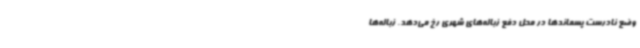
وضع نادرست پسماندها در محل دفع زباله‌های شهری رخ می‌دهد. زباله‌ها